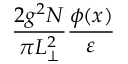
\frac { 2 g ^ { 2 } N } { \pi L _ { \perp } ^ { 2 } } \frac { \phi ( x ) } { \varepsilon }